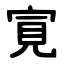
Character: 㝟